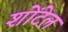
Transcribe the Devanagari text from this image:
शोंटेल